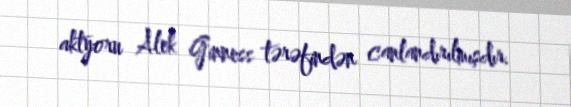
aktyoru Alek Ginness tərəfindən canlandırılmışdır.